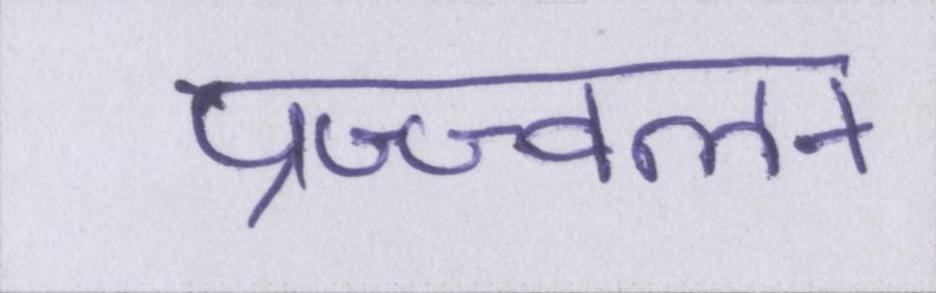
प्रज्ज्वलन